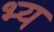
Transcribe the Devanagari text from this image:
भ्य